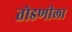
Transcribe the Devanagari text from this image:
तोडणीला